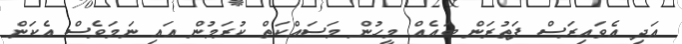
އަދި އެވައިރަސް ފަތުރަން ބައެއް މީހުން މަސައްކަތް ކުރަމުން އައި ނަމަވެސް އެކަން